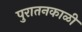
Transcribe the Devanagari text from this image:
पुरातनकाळी